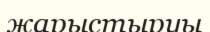
жарыстыруы